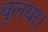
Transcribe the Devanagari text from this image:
बुलया।